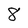
Character: 8